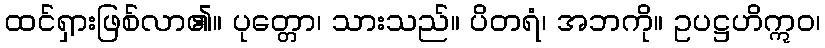
ထင်ရှားဖြစ်လာ၏။ ပုတ္တော၊ သားသည်။ ပိတရံ၊ အဘကို။ ဥပဋ္ဌဟိဣဝ၊